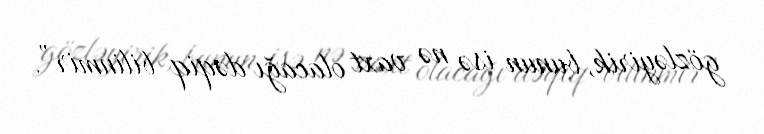
gözləyirik, bunun isə nə vaxt olacağı dəqiq bilinmir”.